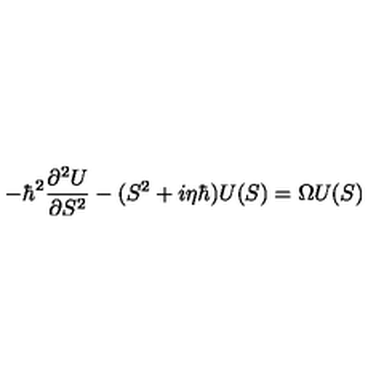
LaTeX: - \hbar ^ { 2 } { \frac { \partial ^ { 2 } U } { \partial S ^ { 2 } } } - ( S ^ { 2 } + i \eta \hbar ) U ( S ) = \Omega U ( S )